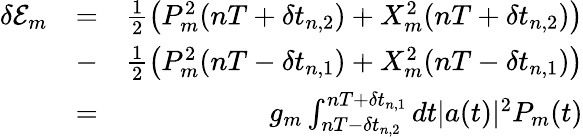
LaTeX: \begin{array}{rlr}{\delta\mathcal{E}_{m}}&{=}&{\frac{1}{2}\left(P_{m}^{2}(nT+\delta t_{n,2})+X_{m}^{2}(nT+\delta t_{n,2})\right)}\\ &{-}&{\frac{1}{2}\left(P_{m}^{2}(nT-\delta t_{n,1})+X_{m}^{2}(nT-\delta t_{n,1})\right)}\\ &{=}&{g_{m}\int_{nT-\delta t_{n,2}}^{nT+\delta t_{n,1}}dt|a(t)|^{2}P_{m}(t)}\end{array}